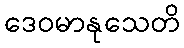
ဒေဝမာနုသေတိ